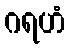
ဂရဟံ